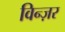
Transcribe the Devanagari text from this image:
विन्ज़र